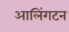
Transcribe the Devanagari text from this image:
आलिंगटन